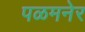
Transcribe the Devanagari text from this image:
पळमनेर